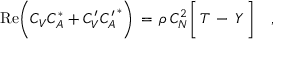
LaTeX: \mathrm { R e } \Bigg ( C _ { V } C _ { A } ^ { * } + C _ { V } ^ { \prime } { C _ { A } ^ { \prime } } ^ { * } \Bigg ) \, = \, \rho \, C _ { N } ^ { 2 } \Bigg [ \, T \, - \, Y \, \Bigg ] \ \ \ ,